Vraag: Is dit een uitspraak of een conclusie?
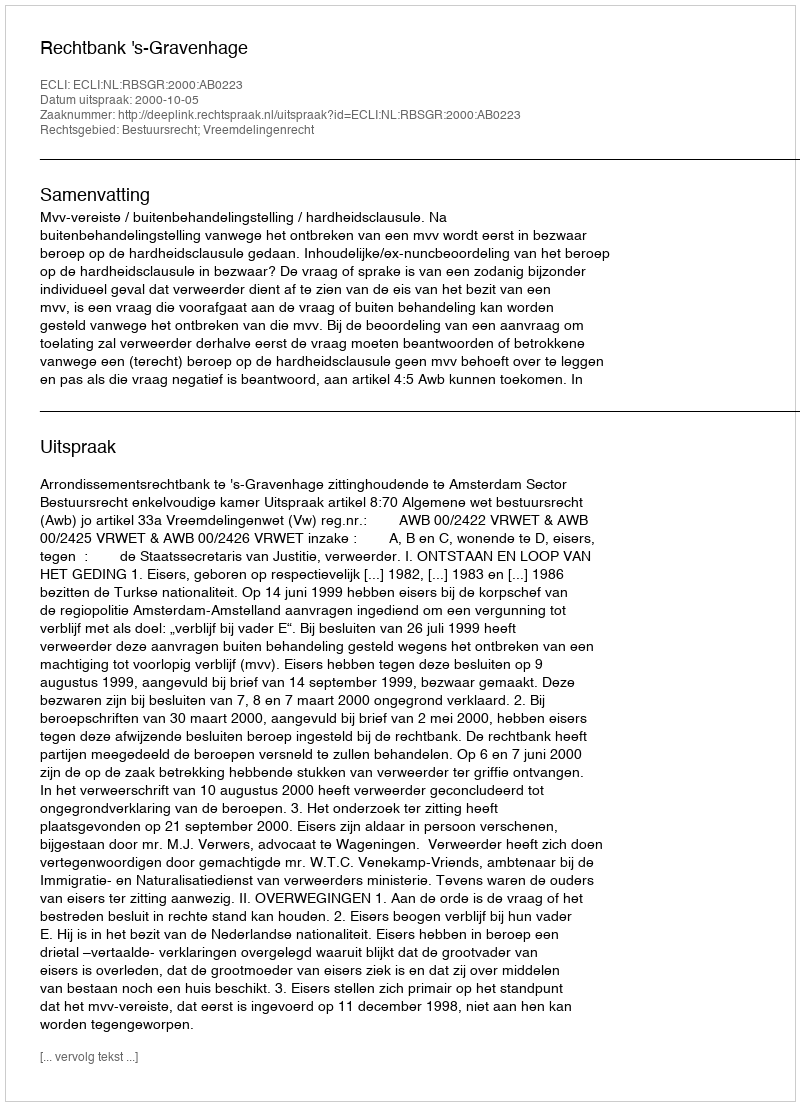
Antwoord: Uitspraak